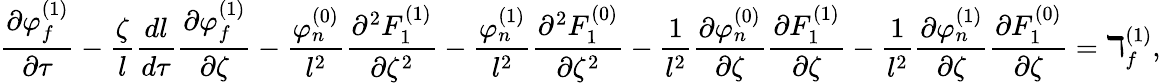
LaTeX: \frac{\partial\varphi_{f}^{(1)}}{\partial\tau}-\frac{\zeta}{l}\frac{dl}{d\tau}\frac{\partial\varphi_{f}^{(1)}}{\partial\zeta}-\frac{\varphi_{n}^{(0)}}{l^{2}}\frac{\partial^{2}F_{1}^{(1)}}{\partial\zeta^{2}}-\frac{\varphi_{n}^{(1)}}{l^{2}}\frac{\partial^{2}F_{1}^{(0)}}{\partial\zeta^{2}}-\frac{1}{l^{2}}\frac{\partial\varphi_{n}^{(0)}}{\partial\zeta}\frac{\partial F_{1}^{(1)}}{\partial\zeta}-\frac{1}{l^{2}}\frac{\partial\varphi_{n}^{(1)}}{\partial\zeta}\frac{\partial F_{1}^{(0)}}{\partial\zeta}=\daleth_{f}^{(1)},